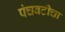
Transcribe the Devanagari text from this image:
पंचवटीचा